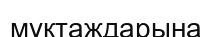
мұқтаждарына